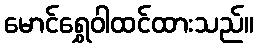
မောင်ရွှေဝါထင်ထားသည်။